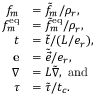
\begin{array} { r l } { f _ { m } } & { = \tilde { f } _ { m } / \rho _ { r } , } \\ { \ensuremath { f ^ { \mathrm { e q } } } _ { m } } & { = \tilde { f } _ { m } ^ { \mathrm { { e q } } } / \rho _ { r } , } \\ { t } & { = \tilde { t } / ( L / e _ { r } ) , } \\ { \ensuremath { \mathbf { e } } } & { = \tilde { \vec { e } } / e _ { r } , } \\ { \nabla } & { = L \tilde { \nabla } , \mathrm { ~ a n d } } \\ { \tau } & { = \tilde { \tau } / t _ { c } . } \end{array}